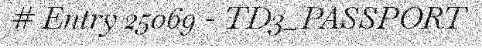
# Entry 25069 - TD3_PASSPORT